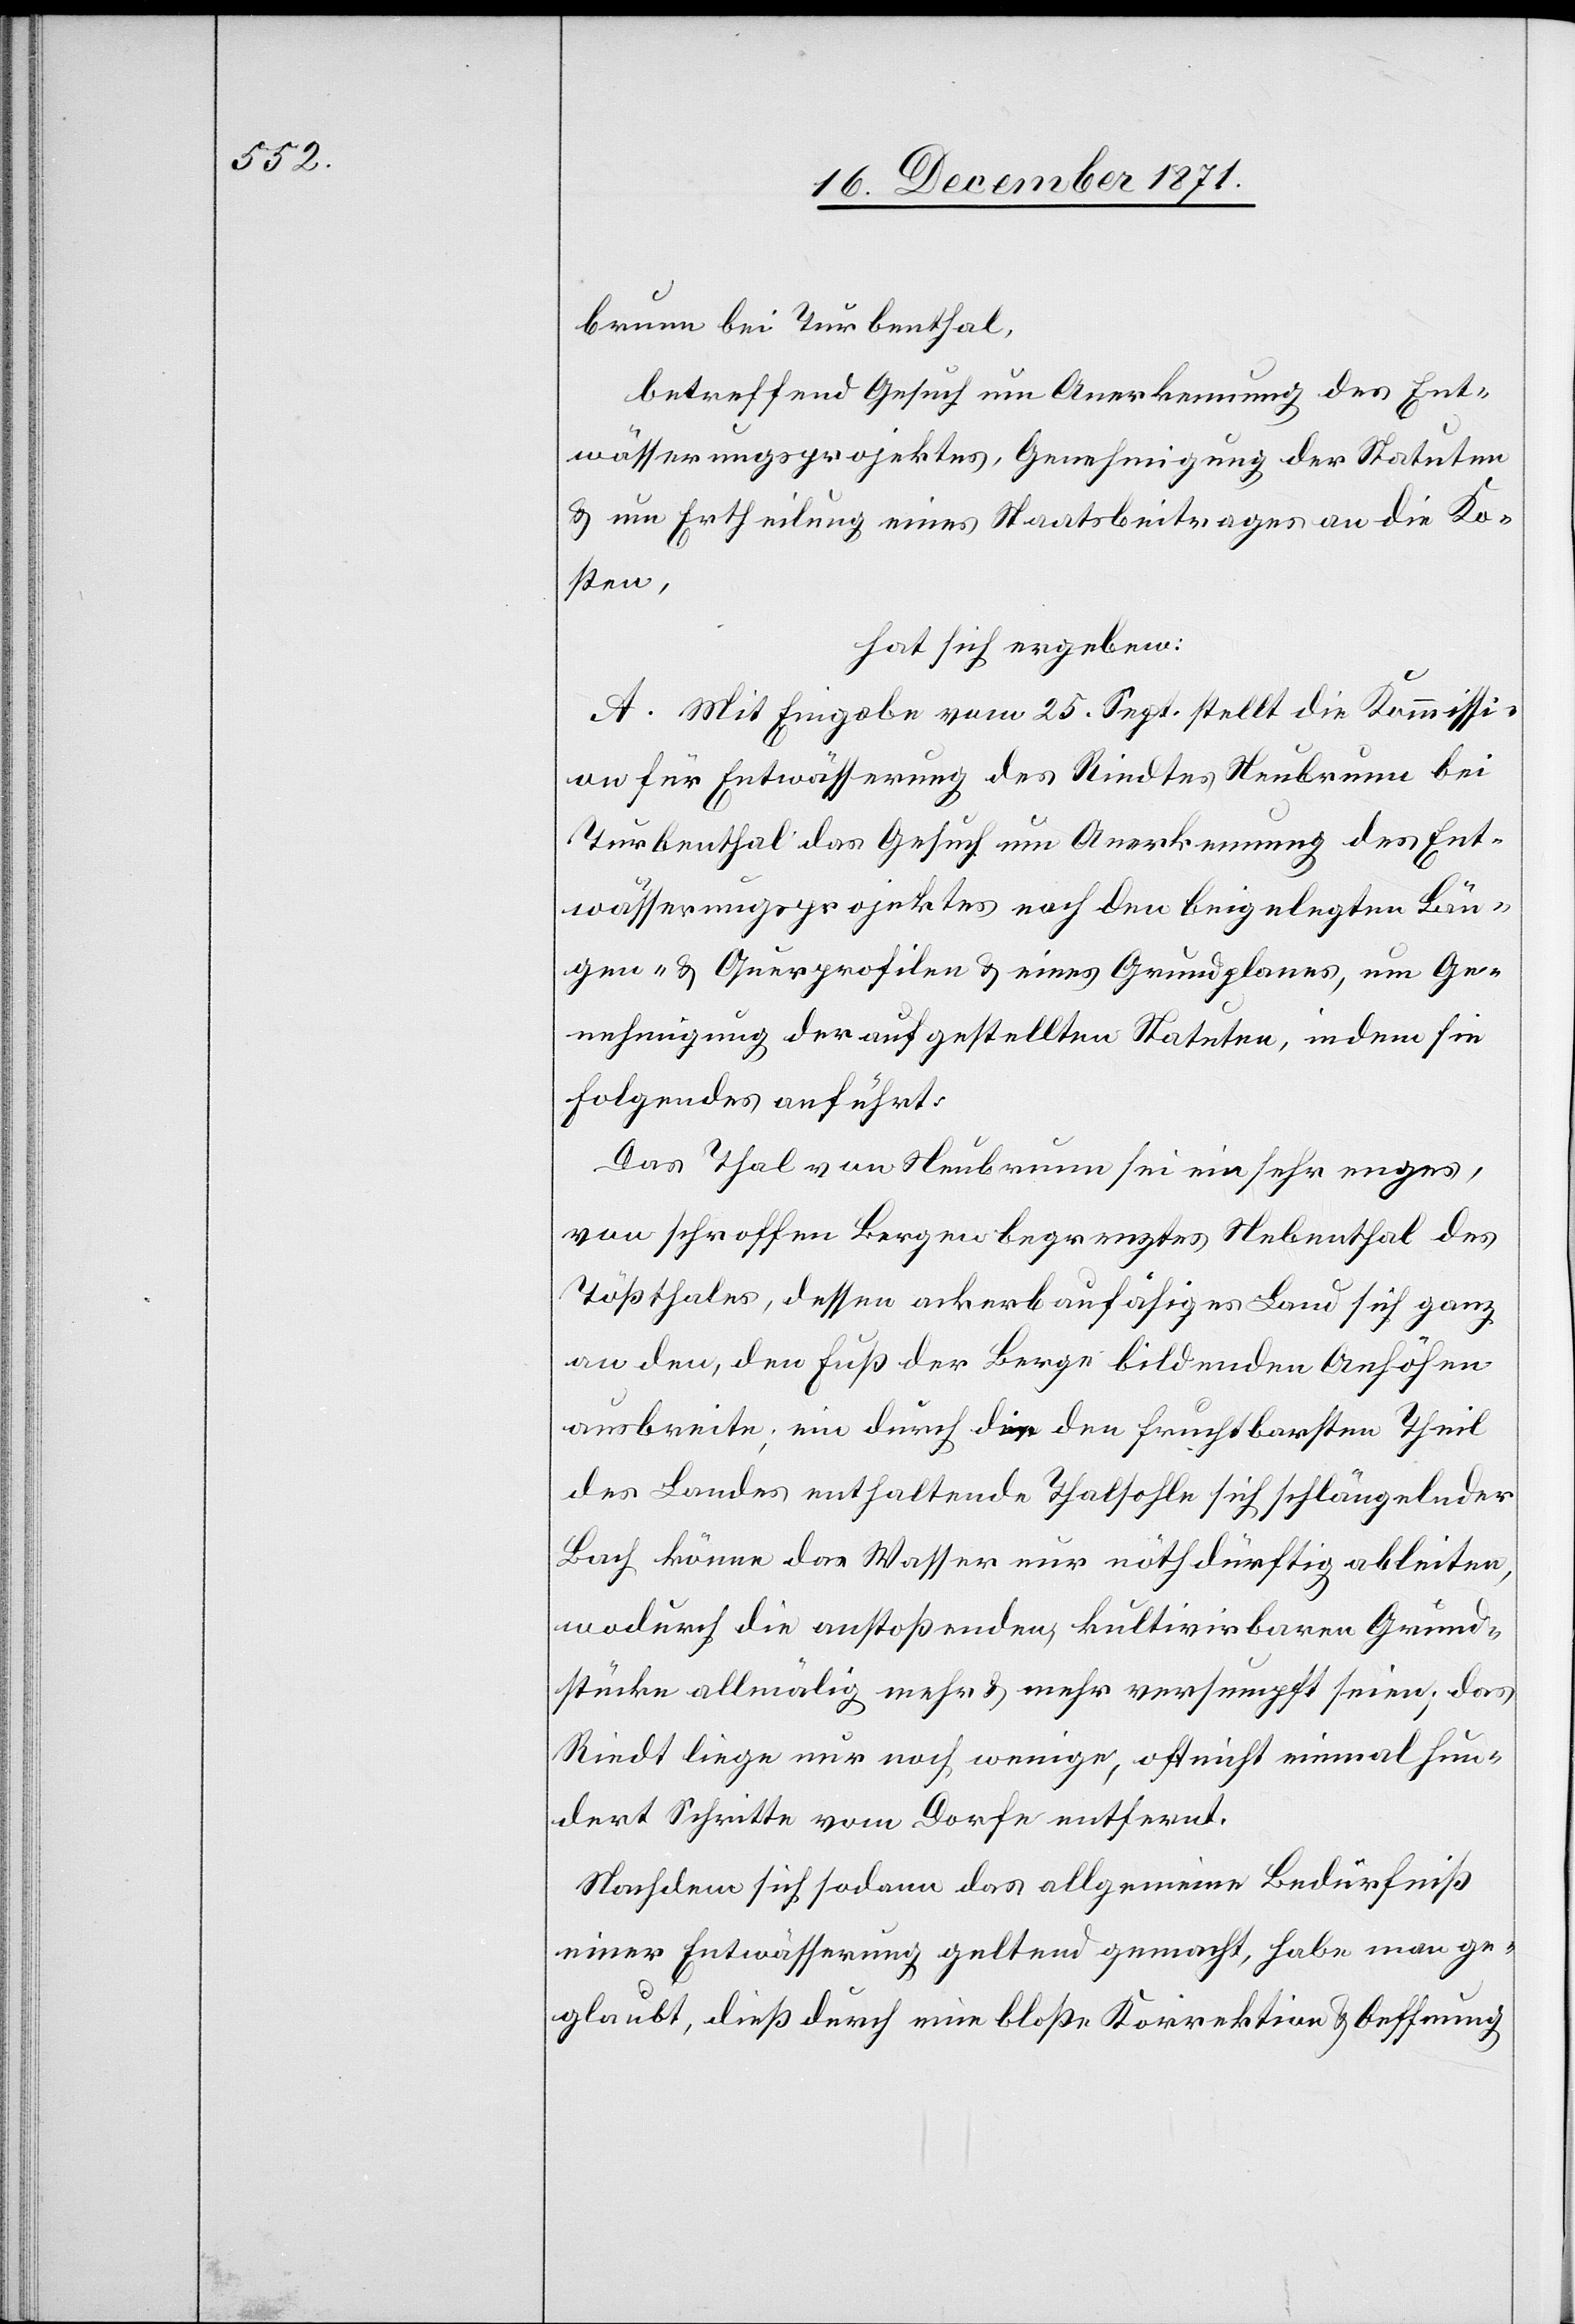
brunn bei Turbenthal,
betreffend Gesuch um Anerkennung des Ent¬
wässerungsprojektes, Genehmigung der Statuten
& um Ertheilung eines Staatsbeitrages an die Ko¬
sten,
hat sich ergeben:
A. Mit Eingabe vom 25. Sept. stellt die Kommissi¬
on für Entwässerung des Rindtes Neubrunn bei
Turbenthal das Gesuch um Anerkennung des Ent¬
wässerungsprojektes nach den beigelegten Län¬
gen- & Querprofilen & eines Grundplanes, um Ge¬
nehmigung der aufgestellten Statuten, indem sie
folgendes anführt:
Das Thal von Neubrunn sei ein sehr enges,
von schroffen Bergen begrenztes Nebenthal des
Tößthales, dessen ackerbaufähiges Land sich ganz
an den den Fuß der Berge bildenden Anhöhen
ausbreite; ein durch die den fruchtbarsten Theil
des Landes enthaltende Thalsohle sich schlängelnder
Bach könne das Wasser nur nöthdürftig ableiten,
wodurch die anstoßenden, kultivirbaren Grund¬
stücke allmälig mehr & mehr versumpft seien; das
Rindt liege nur noch wenige, oft nicht einmal hun¬
dert Schritte vom Dorfe entfernt.
Nachdem sich sodann das allgemeine Bedürfniß
einer Entwässerung geltend gemacht, habe man ge¬
glaubt, dieß durch eine bloße Korrektion & Oeffnung